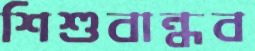
শিশুবান্ধব